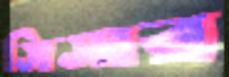
সিসার